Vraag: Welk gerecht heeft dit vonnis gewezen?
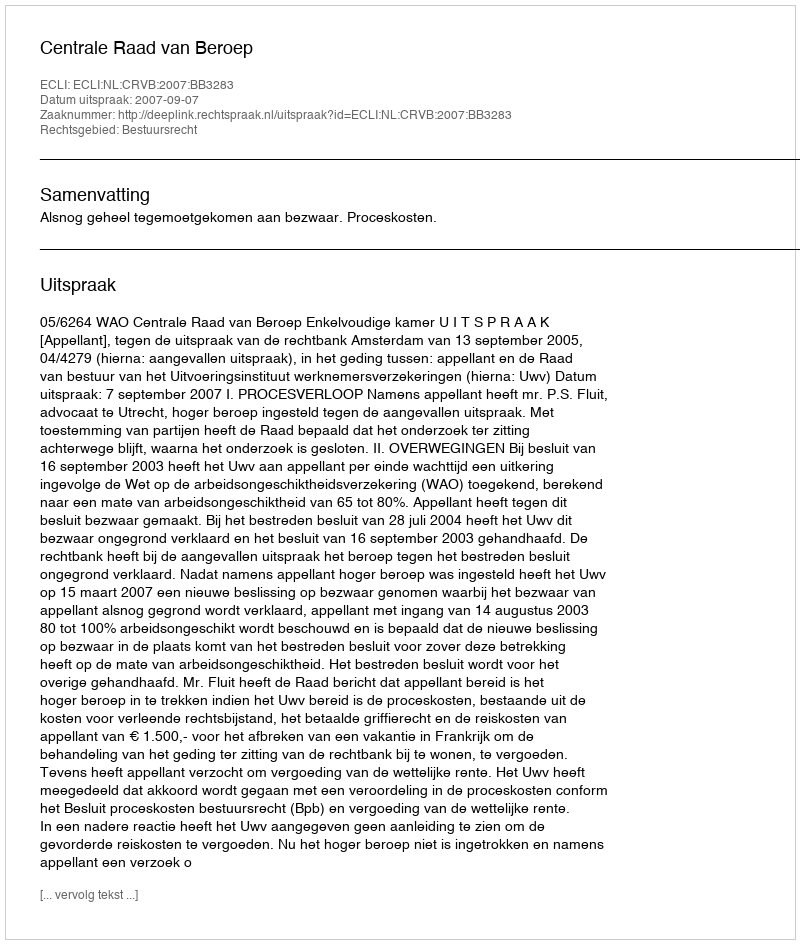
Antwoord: Centrale Raad van Beroep